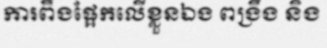
ការពឹងផ្អែកលើខ្លួនឯង ពង្រឹង និង